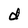
Character: d